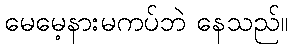
မေမေ့နားမကပ်ဘဲ နေသည်။